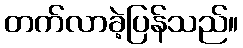
တက်လာခဲ့ပြန်သည်။